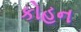
કોહન